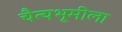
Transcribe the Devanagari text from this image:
चैत्यभूमीला